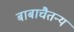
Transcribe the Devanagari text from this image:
बाबाचैतन्य